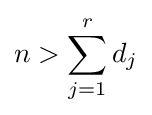
n>\sum _{j=1}^{r}d_{j}